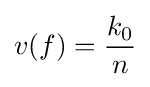
v(f)={\frac {k_{0}}{n}}